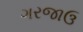
ગરજાઉ